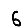
Digit: 6